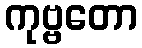
ကုဗ္ဗတော